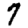
Digit: 7